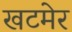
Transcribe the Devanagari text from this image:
खटमेर